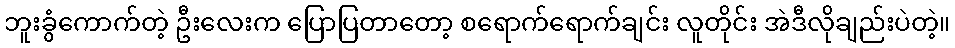
ဘူးခွံကောက်တဲ့ ဦးလေးက ပြောပြတာတော့ စရောက်ရောက်ချင်း လူတိုင်း အဲဒီလိုချည်းပဲတဲ့။